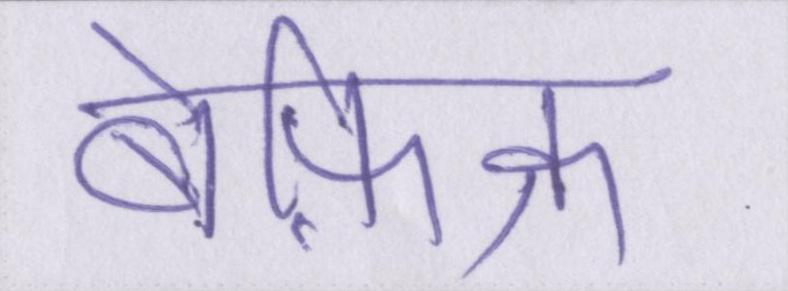
बेफ़िक्र